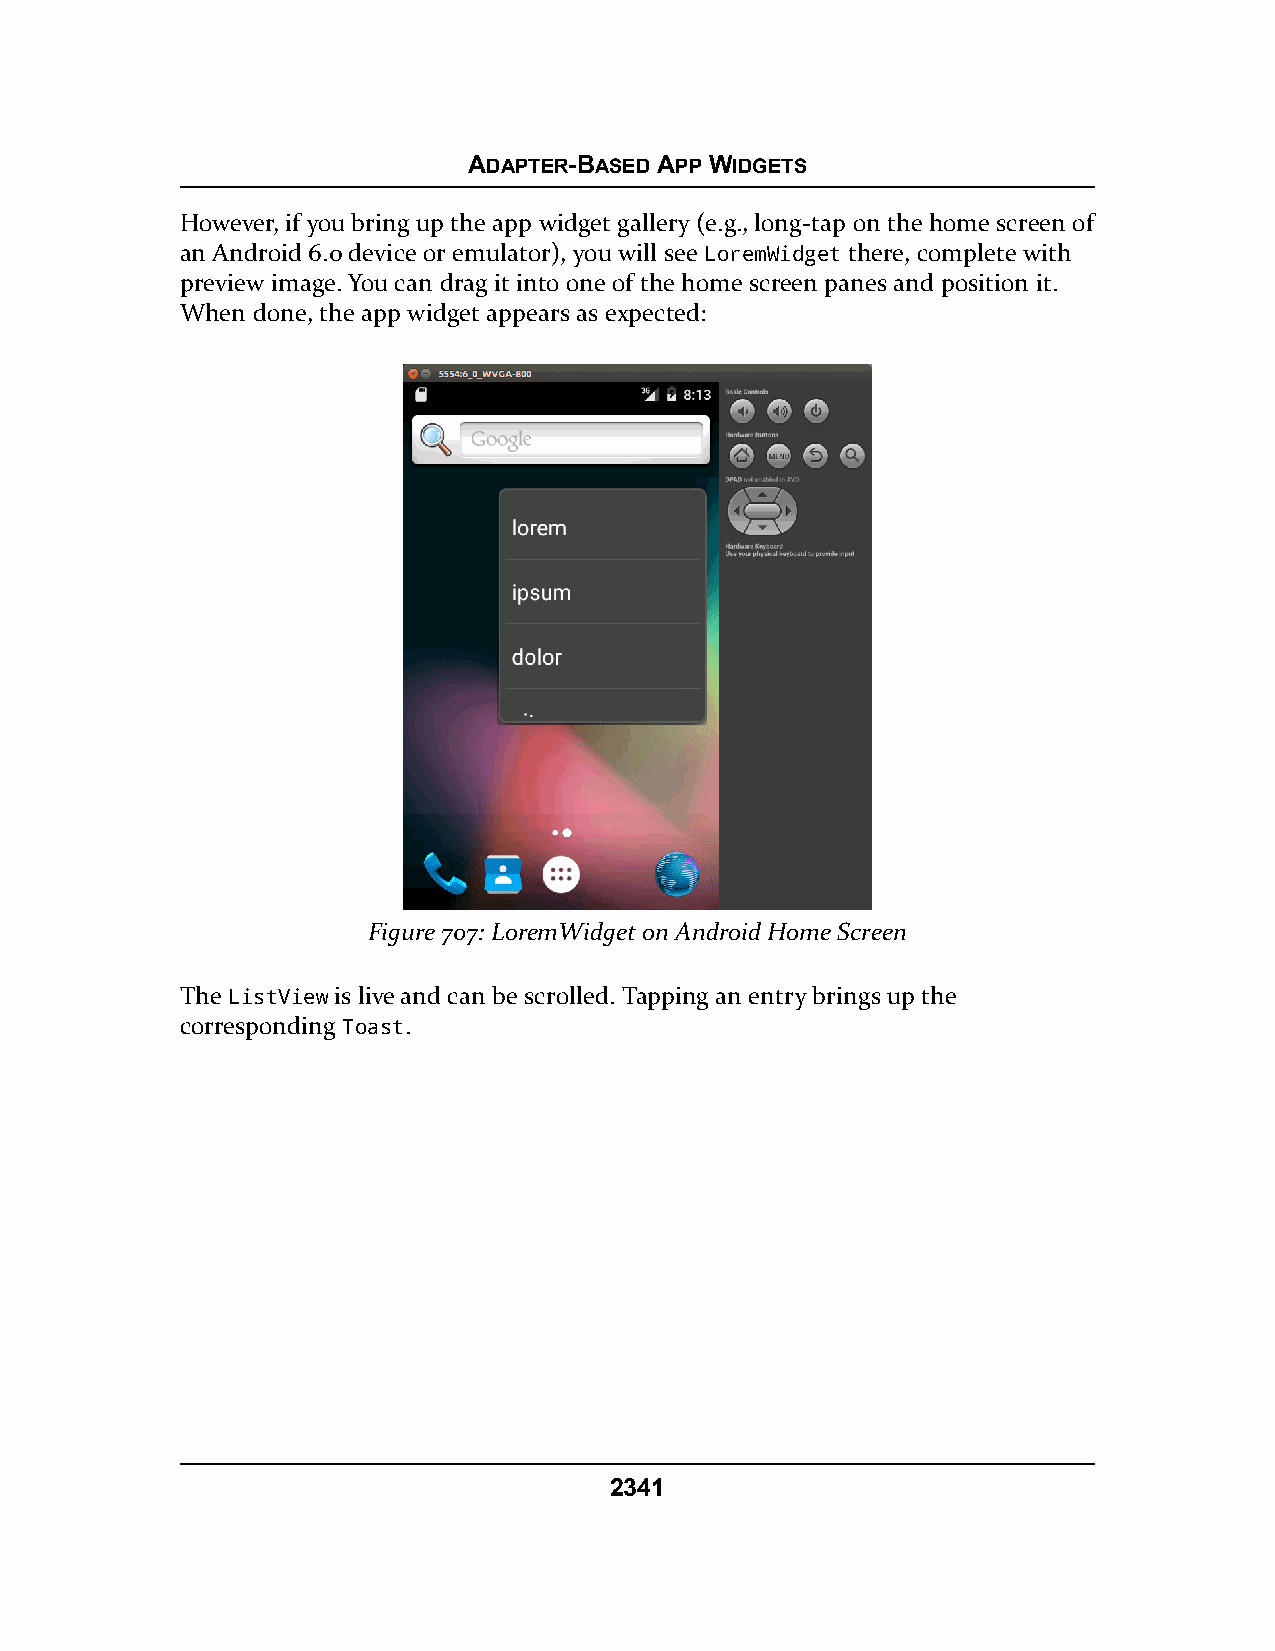
ADAPTER-BASED APP WIDGETS
 However, if you bring up the app widget gallery (e.g., long-tap on the home screen of
 an Android 6.0 device or emulator), you will see LoremWidget there, complete with
 preview image. You can drag it into one of the home screen panes and position it.
 When done, the app widget appears as expected:
 Figure 707: LoremWidget on Android Home Screen
 The ListView is live and can be scrolled. Tapping an entry brings up the
 corresponding Toast.
 2341